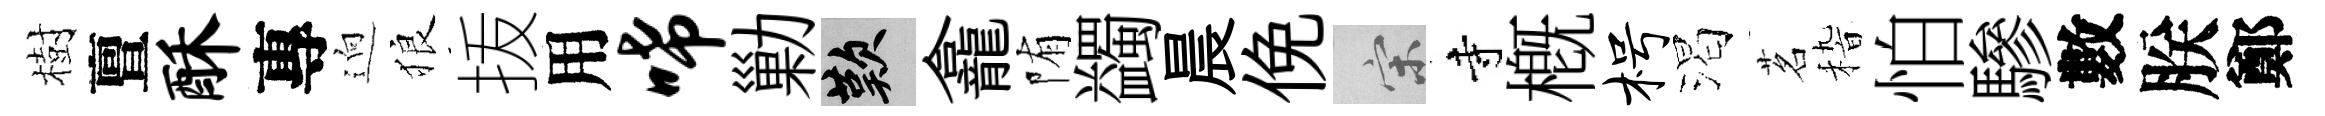
樹亶酥專逈狼㧞用唏勦嘆龕陏蠲晨俛宋寺槪枵渴茗𥟵怕驂數朕鄭